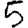
Digit: 5